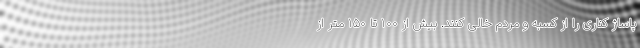
پاساژ کناری را از کسبه و مردم خالی کنند. بیش از ۱۰۰ تا ۱۵۰ متر از